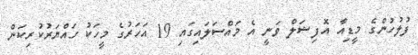
ފުލުހުންގެ މީޑިއާ އޮފިޝަލް ވަނީ އެ މައްސަލައިގައި 19 އަހަރުގެ މީހަކު ހައްޔަރުކުރިކަން